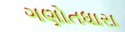
ગણોતધારા